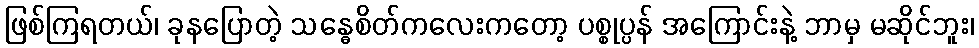
ဖြစ်ကြရတယ်၊ ခုနပြောတဲ့ သန္ဓေစိတ်ကလေးကတော့ ပစ္စုပ္ပန် အကြောင်းနဲ့ ဘာမှ မဆိုင်ဘူး၊